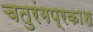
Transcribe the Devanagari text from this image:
चतुरंगप्रकाश